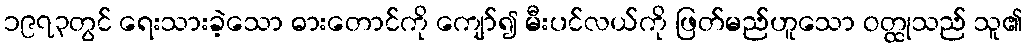
၁၉၇၃တွင် ရေးသားခဲ့သော ဓားတောင်ကို ကျော်၍ မီးပင်လယ်ကို ဖြတ်မည်ဟူသော ဝတ္ထုသည် သူ၏